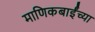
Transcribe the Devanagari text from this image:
माणिकबाईंच्या